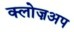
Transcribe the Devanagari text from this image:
क्लोज़अप